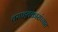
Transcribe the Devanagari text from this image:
वसाहतकारांच्यात